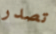
تصدر